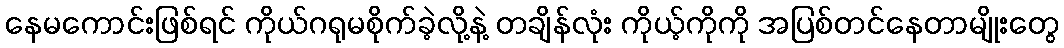
နေမကောင်းဖြစ်ရင် ကိုယ်ဂရုမစိုက်ခဲ့လို့နဲ့ တချိန်လုံး ကိုယ့်ကိုကို အပြစ်တင်နေတာမျိုးတွေ